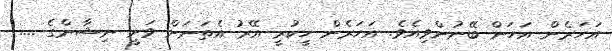
އަހަރެން އަހަން ބޭނުންވިއެވެ. އަހަރެން ހީކުރީ އޭރު އެތަނަށް ވަނީ ނިޝާންގެ ....